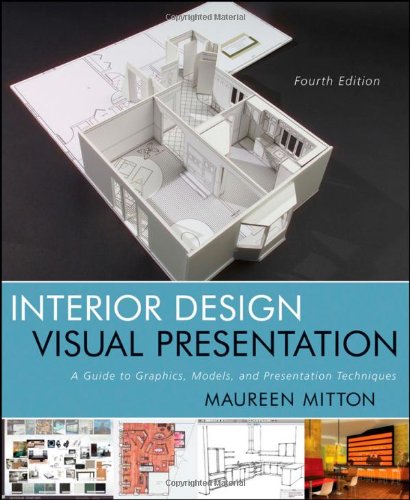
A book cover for Interior Design Visual Presentation: A Guide to Graphics, Models and Presentation Techniques; Maureen Mitton; Arts & Photography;